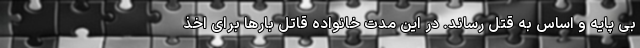
بی پایه و اساس به قتل رساند. در این مدت خانواده قاتل بارها برای اخذ